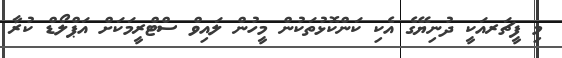
މި ފީޗަރއަކީ ދުނިޔޭގެ އެކި ކަންކޮޅުތަކުން މީހުން ލައިވް ސްޓްރީމަކަށް އަޕްލޯޑް ކުރާ